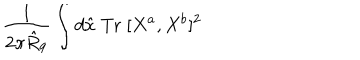
\frac { 1 } { 2 \pi \hat { R } _ { 9 } } \int d \hat { x } \; \mathrm { T r } \; [ X ^ { a } , X ^ { b } ] ^ { 2 }